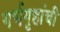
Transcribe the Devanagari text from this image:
गर्भगृहांची